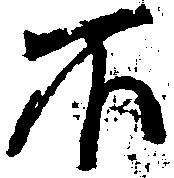
不